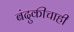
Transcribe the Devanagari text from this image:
बंदुकीचाही